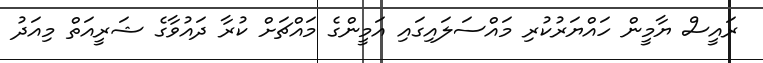
ރައީސް ޔާމީން ހައްޔަރުކުރި މައްސަލައިގައި އަމީންގެ މައްޗަށް ކުރާ ދައުވާގެ ޝަރީއަތް މިއަދު